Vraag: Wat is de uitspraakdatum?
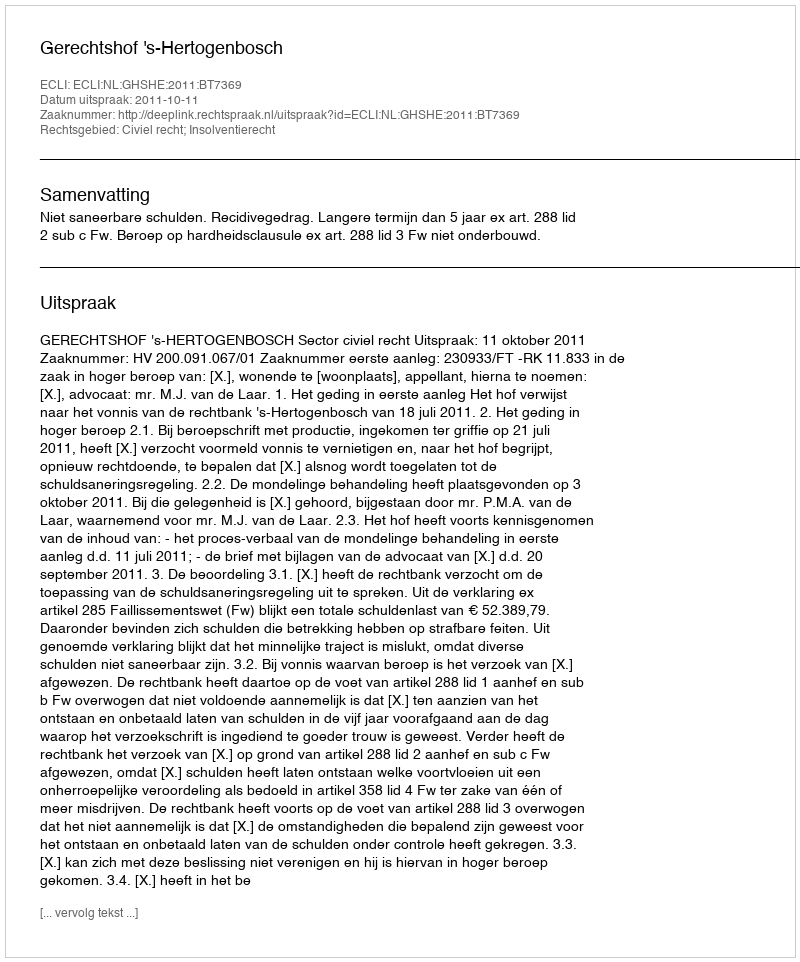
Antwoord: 2011-10-11